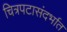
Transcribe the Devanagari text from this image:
चित्रपटासंदर्भात